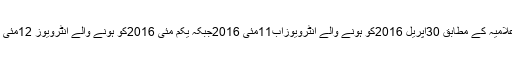
انجینئرنگ یونیورسٹی اعلامیہ کے مطابق 30اپریل 2016کو ہونے والے انٹرویوزاب11مئی 2016جبکہ یکم مئی 2016کو ہونے والے انٹرویوز 12مئی 2016کو منعقد ہونگے۔